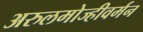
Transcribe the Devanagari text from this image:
अरुलमोज्हीवर्मन